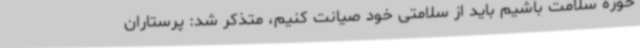
حوزه سلامت باشیم باید از سلامتی خود صیانت کنیم، متذکر شد: پرستاران